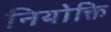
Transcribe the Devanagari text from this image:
नियोक्ति